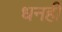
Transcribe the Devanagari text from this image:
धनही